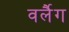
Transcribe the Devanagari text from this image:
वर्लैग